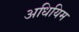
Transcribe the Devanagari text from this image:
अधियिम